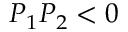
P _ { 1 } P _ { 2 } < 0